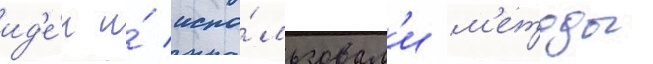
ид'е́и и́ испо́льзовал'и м'етоды